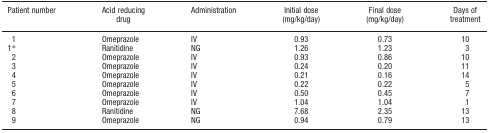
<table><thead><tr><td><b>Patient number</b></td><td><b>Acid reducing drug</b></td><td><b>Administration</b></td><td><b>Initial dose (mg/kg/day)</b></td><td><b>Final dose (mg/kg/day)</b></td><td><b>Days of treatment</b></td></tr></thead><tbody><tr><td>1</td><td>Omeprazole</td><td>IV</td><td>0.93</td><td>0.73</td><td>10</td></tr><tr><td>1*</td><td>Ranitidine</td><td>NG</td><td>1.26</td><td>1.23</td><td>3</td></tr><tr><td>2</td><td>Omeprazole</td><td>IV</td><td>0.93</td><td>0.86</td><td>10</td></tr><tr><td>3</td><td>Omeprazole</td><td>IV</td><td>0.24</td><td>0.20</td><td>11</td></tr><tr><td>4</td><td>Omeprazole</td><td>IV</td><td>0.21</td><td>0.16</td><td>14</td></tr><tr><td>5</td><td>Omeprazole</td><td>IV</td><td>0.22</td><td>0.22</td><td>5</td></tr><tr><td>6</td><td>Omeprazole</td><td>IV</td><td>0.50</td><td>0.45</td><td>7</td></tr><tr><td>7</td><td>Omeprazole</td><td>IV</td><td>1.04</td><td>1.04</td><td>1</td></tr><tr><td>8</td><td>Ranitidine</td><td>NG</td><td>7.68</td><td>2.35</td><td>13</td></tr><tr><td>9</td><td>Omeprazole</td><td>NG</td><td>0.94</td><td>0.79</td><td>13</td></tr></tbody></table>